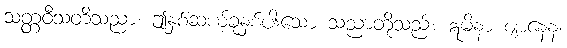
သတ္တဝီသတိသညာ၊ ဤနှစ်ဆယ့်ခုနှစ်ပါးသော သညာတို့သည်။ ဣမိနာ ဈာနေန၊